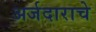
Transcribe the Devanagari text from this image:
अर्जदाराचे